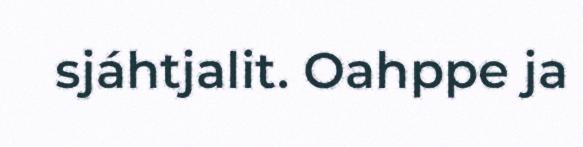
sjáhtjalit. Oahppe ja